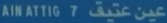
AINATTIG 7